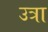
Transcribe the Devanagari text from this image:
उत्रा